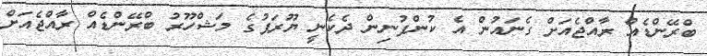
ބްރޭންޑެއް ރާއްޖެއަށް ގެނައުން އެ ކުންފުނިން ދެކެނީ ޔޫރަޕުގެ މަޝްހޫރު ބްރޭންޑެއް ރާއްޖެއަށް